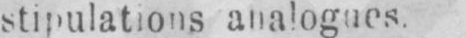
stipulations analogues.